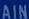
AIN